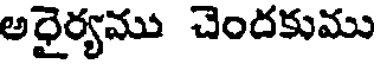
అధైర్యము చెందకుము